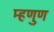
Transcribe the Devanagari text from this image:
म्हणुण